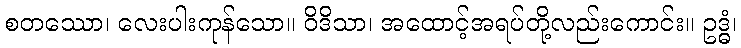
စတဿော၊ လေးပါးကုန်သော။ ဝိဒိသာ၊ အထောင့်အရပ်တို့လည်းကောင်း။ ဥဒ္ဓံ၊